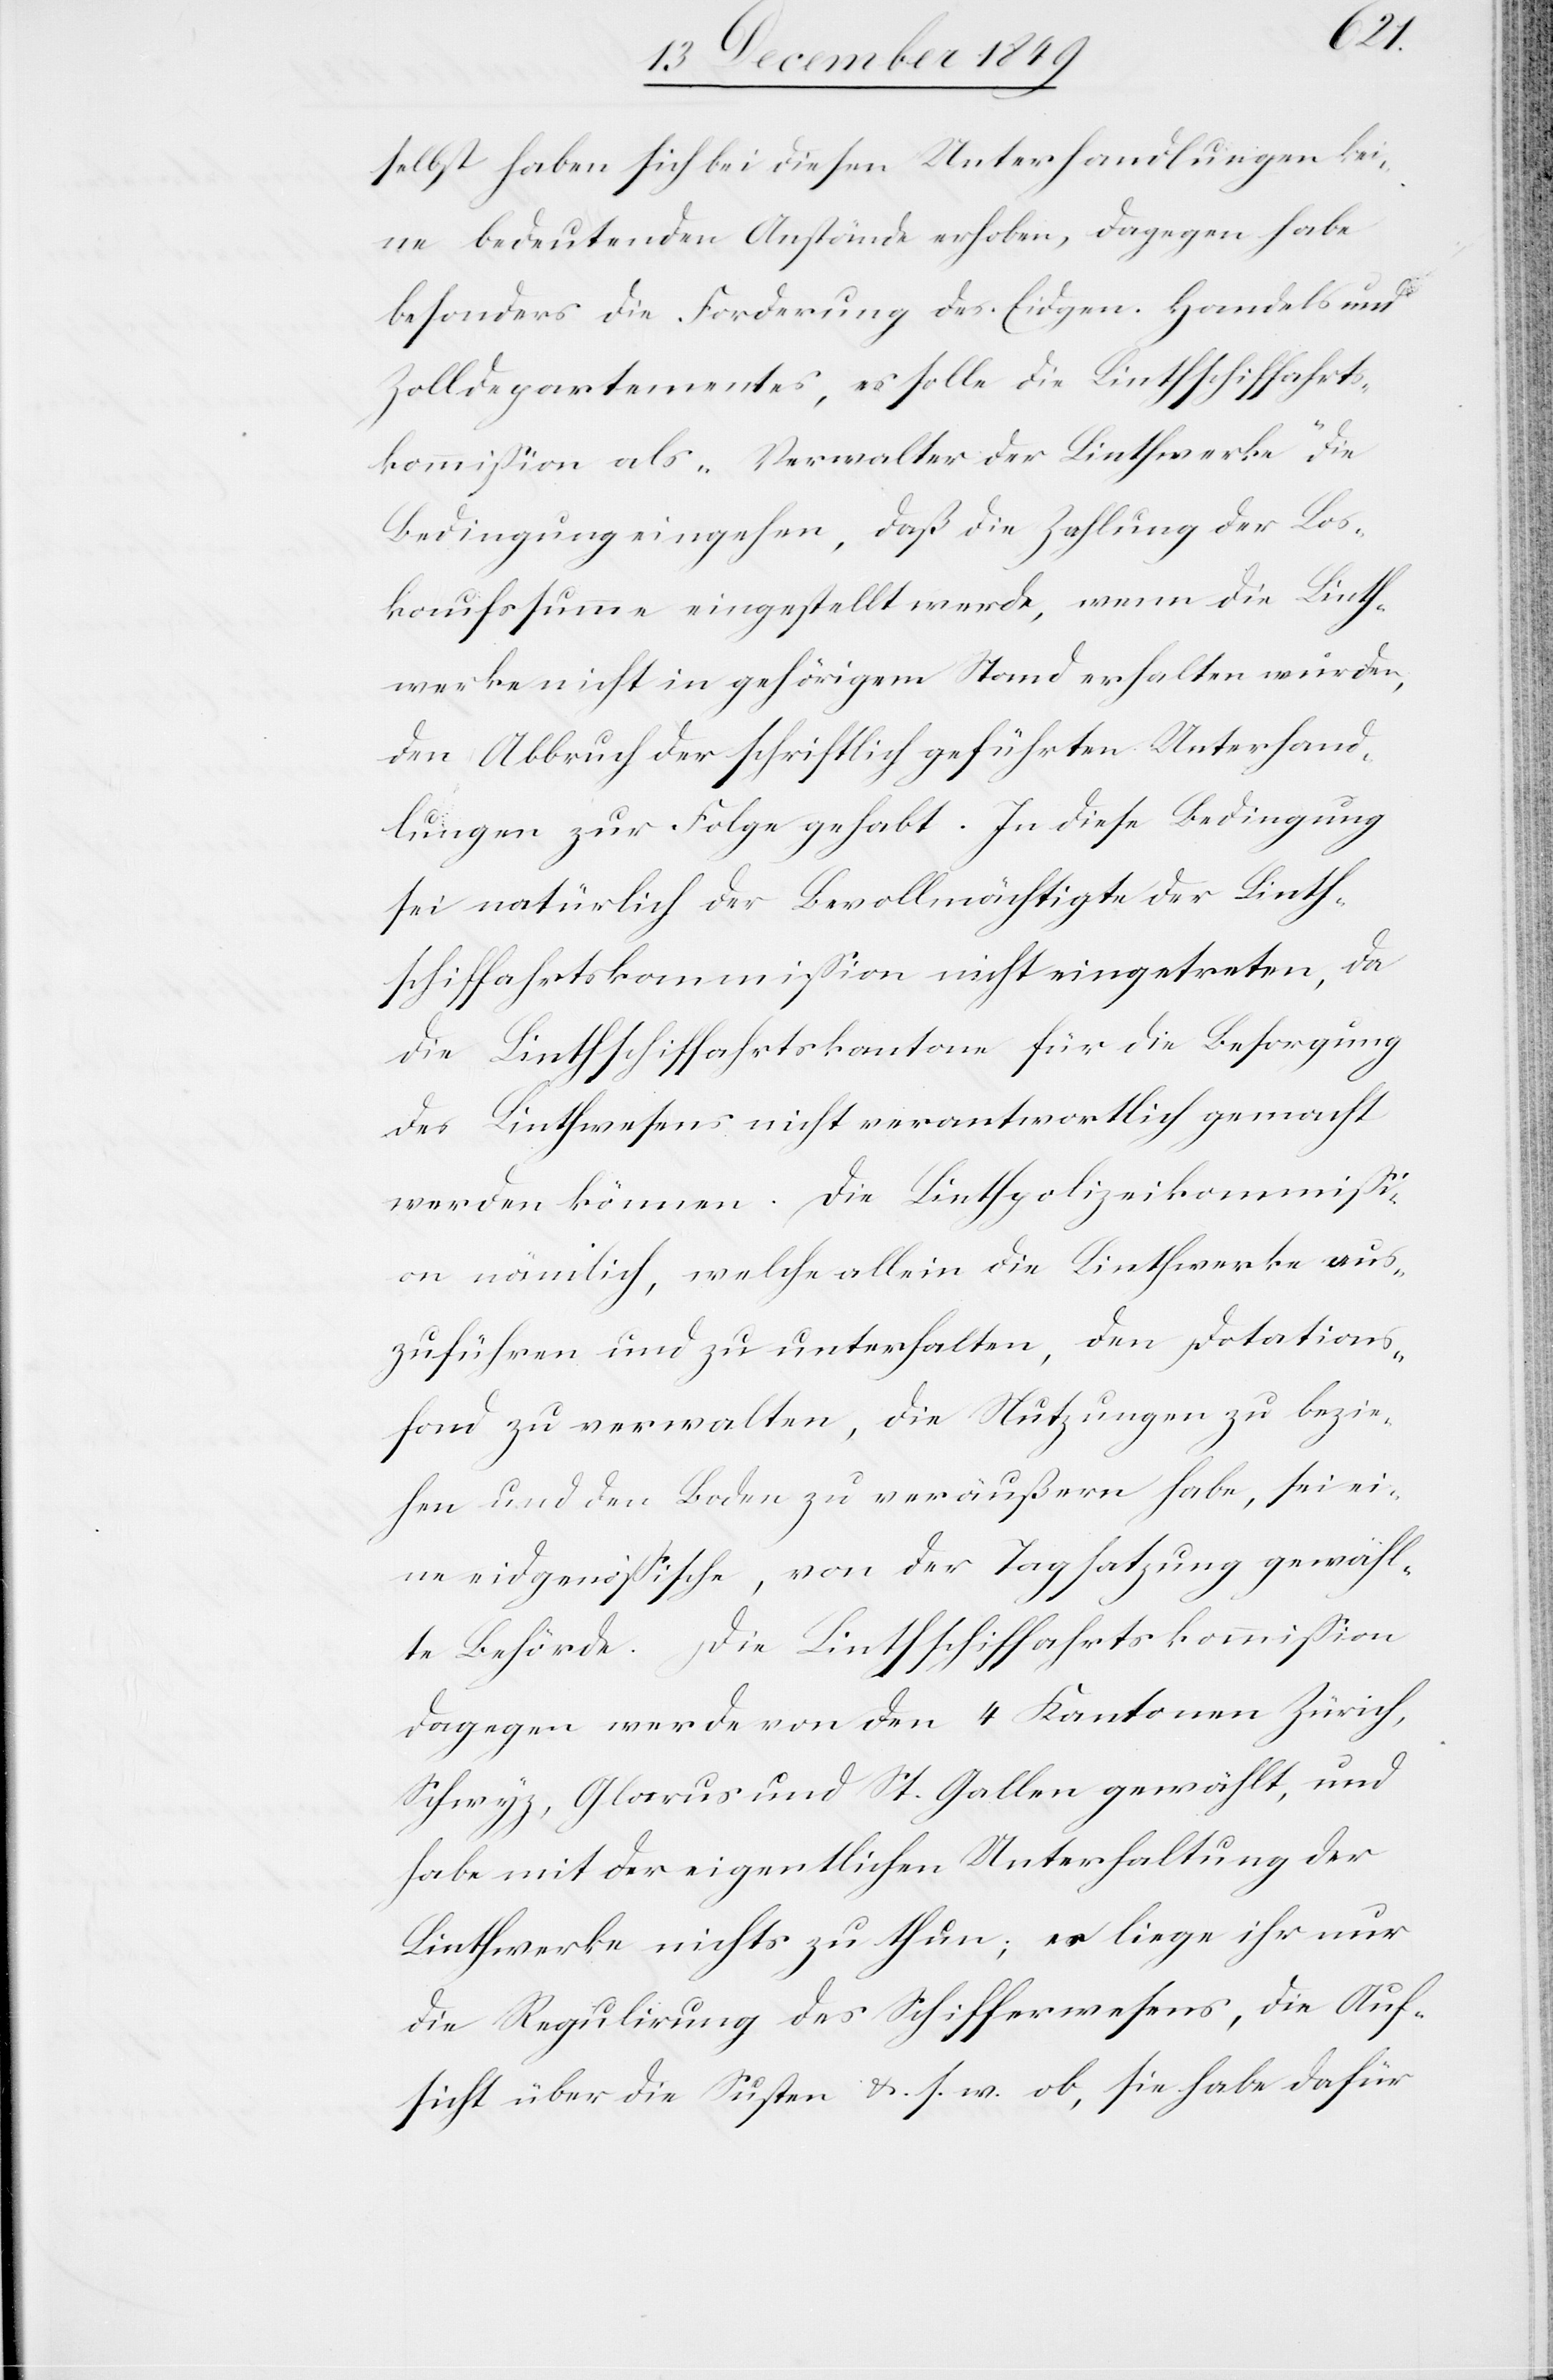
selbst haben sich bei diesen Unterhandlungen kei¬
ne bedeutenden Anstände erhoben, dagegen habe
besonders die Forderung des Eidgen. Handels- u.
Zolldepartementes, es solle die Linthschiffahrts¬
kommißion als „Verwalter der Linthwerke“ die
Bedingung eingehen, daß die Zahlung der Los¬
kaufssumme eingestellt werde, wenn die Linth¬
werke nicht in gehörigem Stand erhalten würden,
den Abbruch der schriftlich geführten Unterhand¬
lungen zur Folge gehabt. In diese Bedingung
sei natürlich der Bevollmächtigte der Linth¬
schiffahrtskommißion nicht eingetreten, da
die Linthschiffahrtskantone für die Besorgung
des Linthwesens nicht verantwortlich gemacht
werden können. Die Linthpolizeikommißi¬
on nämlich, welche allein die Linthwerke aus¬
zuführen und zu unterhalten, den Dotations¬
fond zu verwalten, die Nutzungen zu bezie¬
hen und den Boden zu veräußern habe, sei ei¬
ne eidgenößische, von der Tagsatzung gewähl¬
te Behörde. Die Linthschiffahrtskommißion
dagegen werde von den 4 Kantonen Zürich,
Schwyz, Glarus und St. Gallen gewählt, und
habe mit der eigentlichen Unterhaltung der
Linthwerke nichts zu thun; es liege ihr nur
die Regulirung des Schiffwesens, die Auf¬
sicht über die Susten u. s. w. ob, sie habe dafür